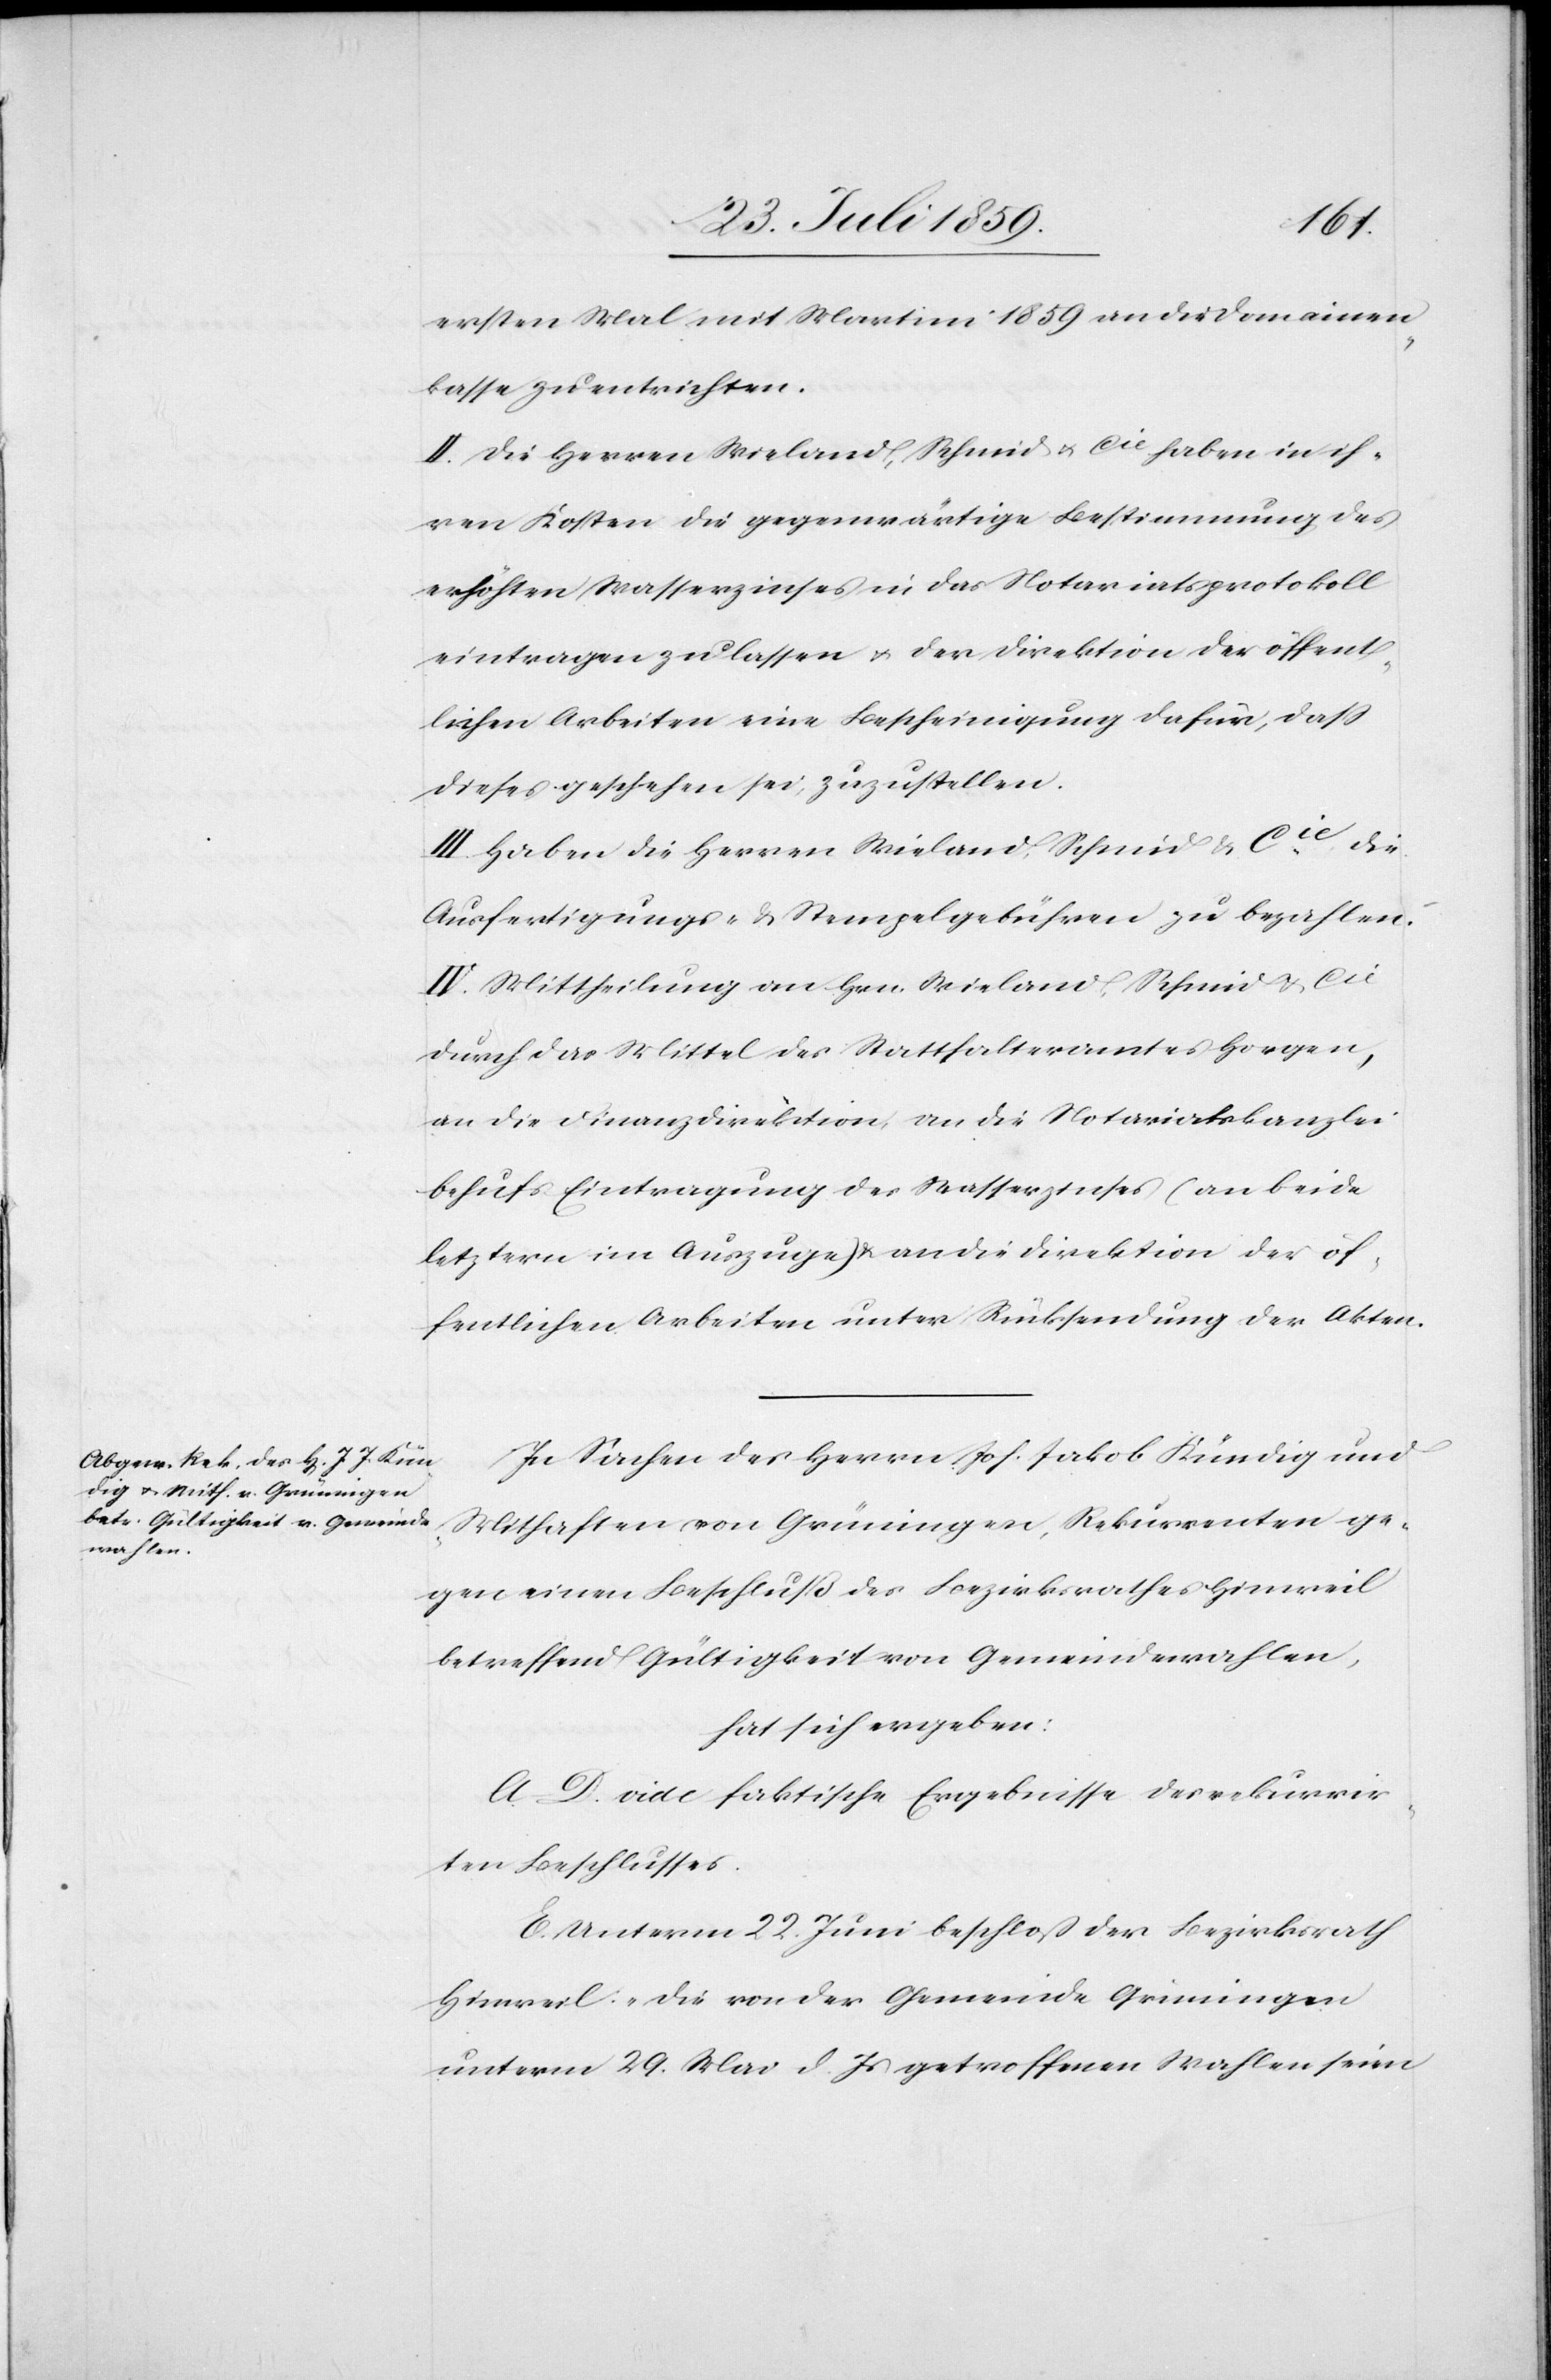
ersten Mal mit Martini 1859 an die Domainen¬
kasse zu entrichten.
II. Die Herren Wieland, Schmid & Cie haben in ih¬
ren Kosten die gegenwärtige Bestimmung des
erhöhten Wasserzinses in das Notariatsprotokoll
eintragen zu lassen u. der Direktion der öffent¬
lichen Arbeiten eine Bescheinigung dafür, daß
dieses Geschehen sei, zuzustellen.
III. Haben die Herren Wieland, Schmid & Cie die
Ausfertigungs- u. Stempelgebühren zu bezahlen.
IV. Mittheilung an Hrn. Wieland, Schmid & Cie
durch das Mittel des Statthalteramtes Horgen,
an die Finanzdirektion an die Notariatskanzlei
behufs Eintragung des Wasserzinses (an beide
letztern im Auszuge) u. an die Direktion der öf¬
fentlichen Arbeiten unter Rücksendung der Akten.
In Sachen des Herrn Joh. Jakob Kündig und
Mithaften von Grüningen, Rekurrenten ge¬
gen einen Beschluß des Bezirksrathes Hinweil
betreffend Gültigkeit von Gemeindewahlen,
hat sich ergeben:
A.–D. vide faktische Ergebnisse des rekurrir¬
ten Beschlusses.
E. Unterm 22. Juni beschloß der Bezirksrath
Hinweil: „die von der Gemeinde Grüningen
unterm 29. Mai d. Js. getroffenen Wahlen seien